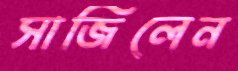
সাজিলেন